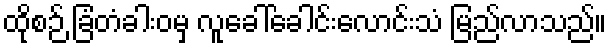
ထိုစဉ် ခြံတံခါးဝမှ လူခေါ်ခေါင်းလောင်းသံ မြည်လာသည်။